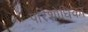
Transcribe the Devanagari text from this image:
परिशोधिका